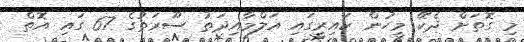
މި ގޮތަށް ދެކޭ މީހުން ކައިރީގައި އަލްމާއިދަތު ސޫރަތުގެ 67 ގައި އޮތް